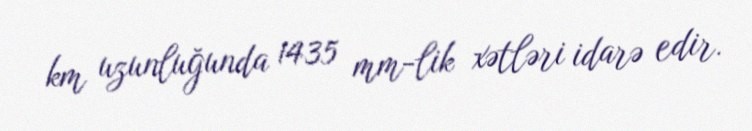
km uzunluğunda 1435 mm-lik xətləri idarə edir.